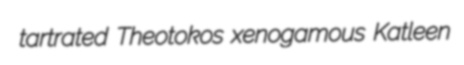
tartrated Theotokos xenogamous Katleen